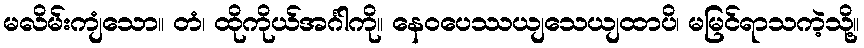
မလိမ်းကျံသော။ တံ၊ ထိုကိုယ်အင်္ဂါကို။ နေဝပေဿယျသေယျထာပိ၊ မမြင်ရာသကဲ့သို့။